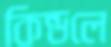
কিন্ডলে